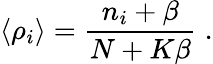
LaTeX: \langle\rho_{i}\rangle=\frac{n_{i}+\beta}{N+K\beta}\; .